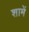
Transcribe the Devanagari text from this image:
शामें